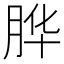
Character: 𱼇